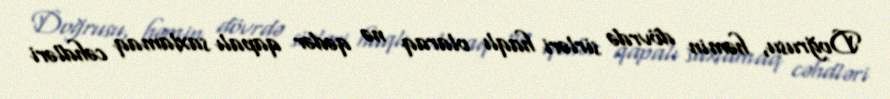
Doğrusu, həmin dövrdə sirləri haqlı olaraq nə qədər qapalı saxlamaq cəhdləri